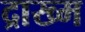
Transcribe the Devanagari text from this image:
द्राख्म